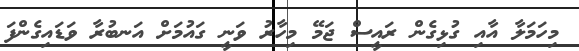
މިހަމަލާ އާއި ގުޅިގެން ރައީސް ޖަމޭ މިހާރު ވަނީ ގައުމަށް އަނބުރާ ވަޑައިގެންފަ